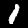
Label: 1